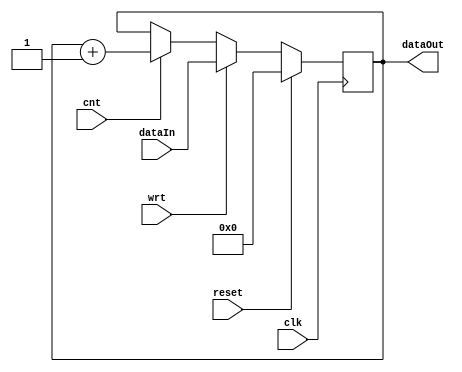
`timescale 1ns/1ps
module Cnter #(parameter len = 5) (
	clk,
	reset,
	wrt,
	cnt,
	dataIn,
	dataOut
);
	//--------------------------------------------------------------------------------------
	
	
	//--------------------------------------------------------------------------------------
	input clk;
	input reset;
	input wrt;
	input cnt;
	input[len - 1: 0] dataIn;
	output[len - 1: 0] dataOut;
	
	//--------------------------------------------------------------------------------------
	reg[len - 1: 0] data;
		
	//--------------------------------------------------------------------------------------
	always @ (posedge clk) begin
		if (reset)
			data <= 0;
		
		else if (wrt)
			data <= dataIn;
		
		else if (cnt)
			data <= data + 1;

	end
	
	//--------------------------------------------------------------------------------------
	assign dataOut = data;

endmodule